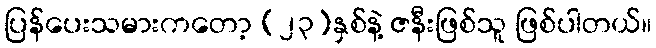
ပြန်ပေးသမားကတော့ (၂၃)နှစ်နဲ့ ဇနီးဖြစ်သူ ဖြစ်ပါတယ်။